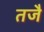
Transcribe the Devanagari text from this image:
तजै